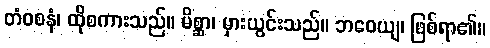
တံဝစနံ၊ ထိုစကားသည်။ မိစ္ဆာ၊ မှားယွင်းသည်။ ဘဝေယျ၊ ဖြစ်ရာ၏။